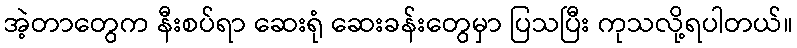
အဲ့တာတွေက နီးစပ်ရာ ဆေးရုံ ဆေးခန်းတွေမှာ ပြသပြီး ကုသလို့ရပါတယ်။